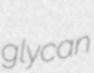
glycan